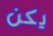
يكن